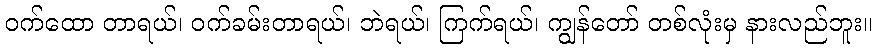
ဝက်ထော တာရယ်၊ ဝက်ခမ်းတာရယ်၊ ဘဲရယ်၊ ကြက်ရယ်၊ ကျွန်တော် တစ်လုံးမှ နားလည်ဘူး။